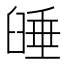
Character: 𦥻